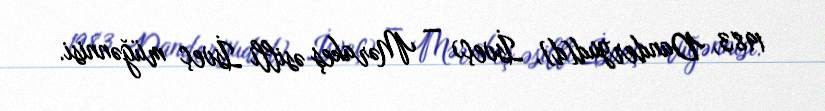
1983, Danderyud[d], İsveç) — Mərakeş əsilli İsveç müğənnisi.